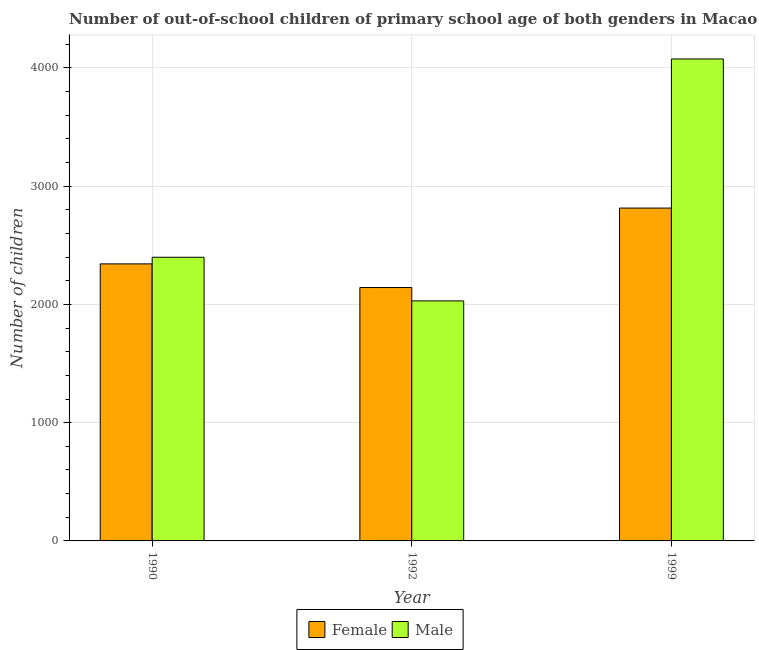
| Year | Female | Male |
 | --- | --- | --- |
 | 1990 | 2.34e+03 | 2.4e+03 |
 | 1992 | 2.14e+03 | 2.03e+03 |
 | 1999 | 2.82e+03 | 4.08e+03 |